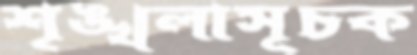
শৃঙ্খলাসূচক